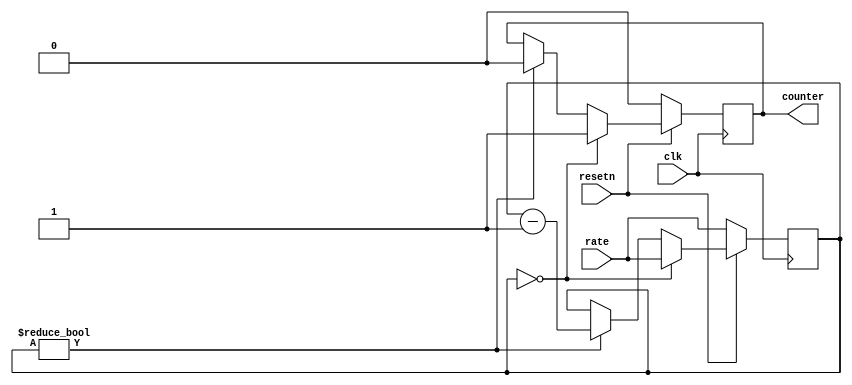
module rateDivider( clk, resetn, rate, counter);

    output reg counter;
    input clk;
    input [28:0] rate;
    input resetn;
    reg [28:0]count;
	 
    always @(posedge clk)
	 begin: Rate_Divider
		if (!resetn)
		begin
			count = rate; 
			counter = 1'b0;
      end
      else 
		begin
			if (count == 29'b0)
			begin
				count = rate;
				counter = 1'b1;
			end
			else if (count)
			begin
				count = count - 29'b1;
				counter = 1'b0;
			end
		end
	end
	
endmodule